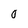
Character: 0